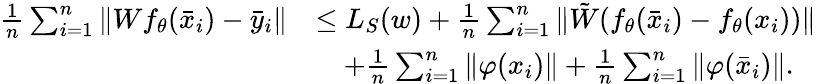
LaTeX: \begin{array}{rl}{\frac{1}{n}\sum_{i=1}^{n}\| Wf_{\theta}({\bar{x}}_{i})-{\bar{y}}_{i}\| }&{\le L_{S}(w)+\frac{1}{n}\sum_{i=1}^{n}\| {\tilde{W}}(f_{\theta}({\bar{x}}_{i})-f_{\theta}(x_{i}))\| }\\ &{\quad+\frac{1}{n}\sum_{i=1}^{n}\| \varphi(x_{i})\| +\frac{1}{n}\sum_{i=1}^{n}\| \varphi({\bar{x}}_{i})\| .}\end{array}